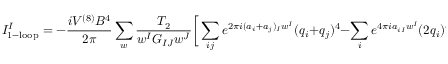
{ \cal I } _ { \mathrm { 1 - l o o p } } ^ { I } = - \frac { i V ^ { ( 8 ) } B ^ { 4 } } { 2 \pi } \sum _ { w } \frac { T _ { 2 } } { w ^ { I } G _ { I J } w ^ { J } } \bigg [ \sum _ { i j } e ^ { 2 \pi i ( a _ { i } + a _ { j } ) _ { I } w ^ { I } } ( q _ { i } + q _ { j } ) ^ { 4 } - \sum _ { i } e ^ { 4 \pi i a _ { i I } w ^ { I } } ( 2 q _ { i } ) ^ { 4 } \bigg ]